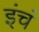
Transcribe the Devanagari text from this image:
इंचं